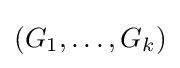
(G_{1},\ldots ,G_{k})